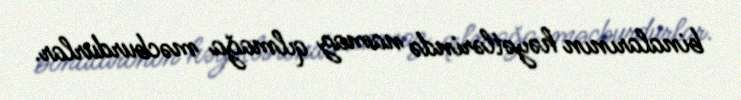
binalarının həyətlərində namaz qılmağa məcburdurlar.